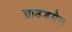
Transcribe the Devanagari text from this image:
ग्राउंडसेल